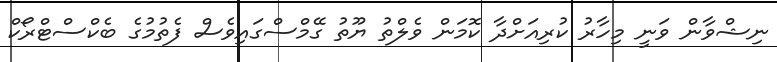
ނިޝްވާން ވަނީ މިހާރު ކުރިއަށްދާ ކޮމަން ވެލްތު ޔޫތު ގޭމްސްގައިވެސް ފެތުމުގެ ބެކްސްޓްރޯކް